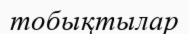
тобықтылар